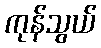
ကုန်သွယ်